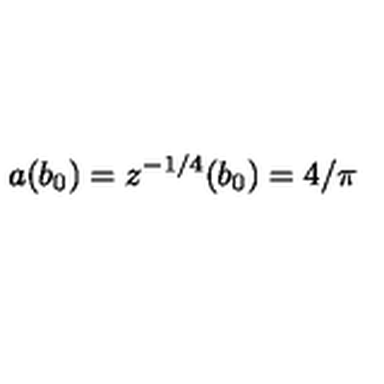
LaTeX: a ( b _ { 0 } ) = z ^ { - 1 / 4 } ( b _ { 0 } ) = 4 / \pi